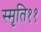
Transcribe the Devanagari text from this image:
स्मृति११